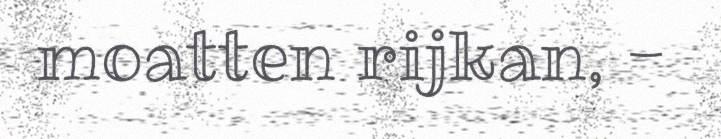
moatten rijkan, -